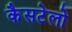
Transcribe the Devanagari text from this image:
कैसटेलो